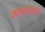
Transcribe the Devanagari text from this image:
अमानला